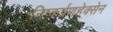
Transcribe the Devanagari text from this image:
निष्कर्षणहेक्सेन